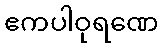
ဧကပါဝုရဏေ